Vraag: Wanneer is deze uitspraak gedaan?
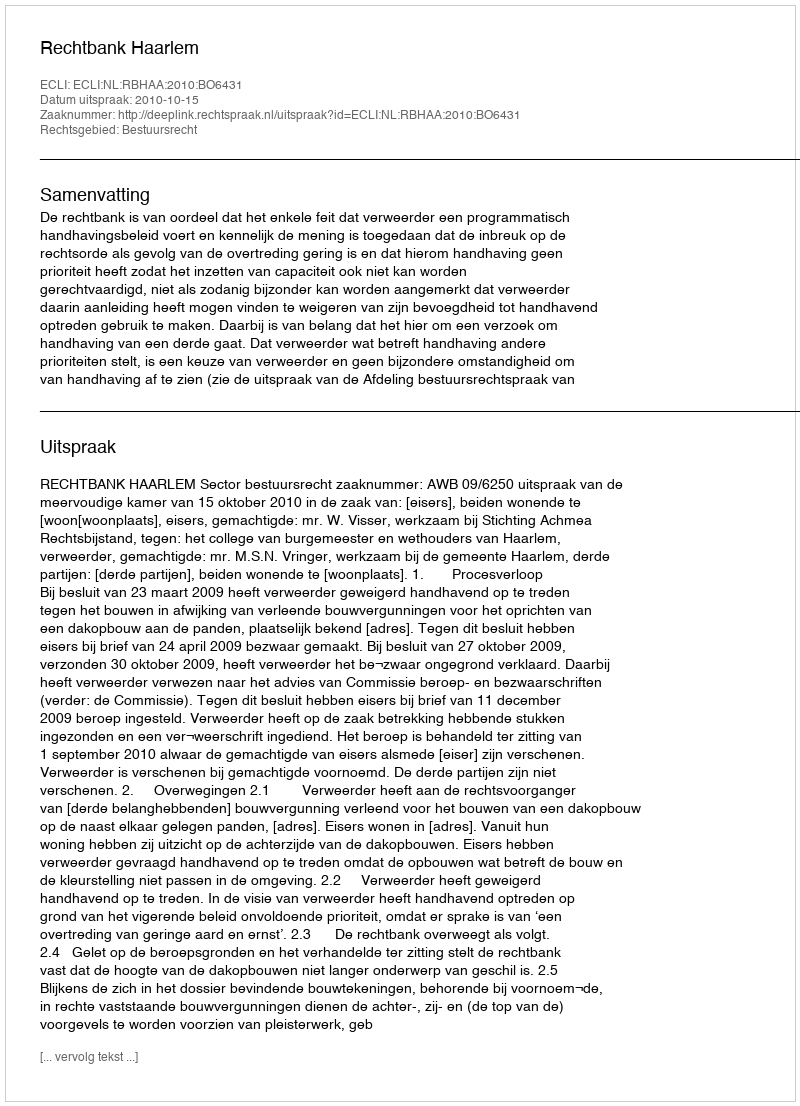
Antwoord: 2010-10-15